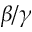
\beta / \gamma